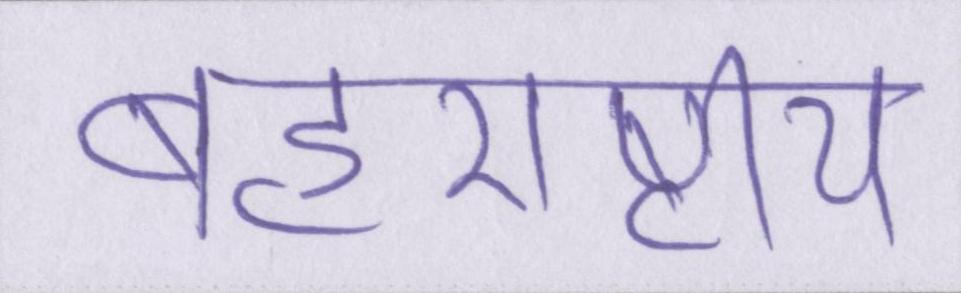
बहुराष्ट्रीय